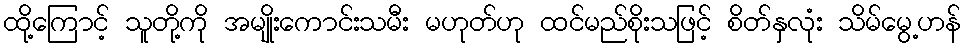
ထို့ကြောင့် သူတို့ကို အမျိုးကောင်းသမီး မဟုတ်ဟု ထင်မည်စိုးသဖြင့် စိတ်နှလုံး သိမ်မွေ့ဟန်